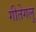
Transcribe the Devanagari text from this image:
गीतेगलु